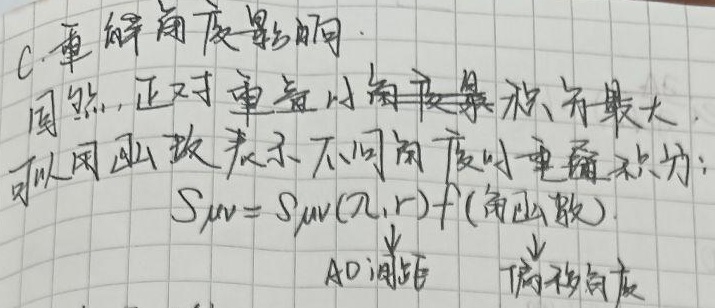
C. 重解角度影响固然，正对重氢小角度累积分布最大。可以用函数表示不同角度时重解积分为：
\[S_{uv}=S_{uv}(\Omega,r)f(\text{角函数})\]
\[\uparrow\]
\[\uparrow\]
AD阈值
偏移角度